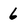
Character: 6